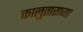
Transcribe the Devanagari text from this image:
कालुताराच्या